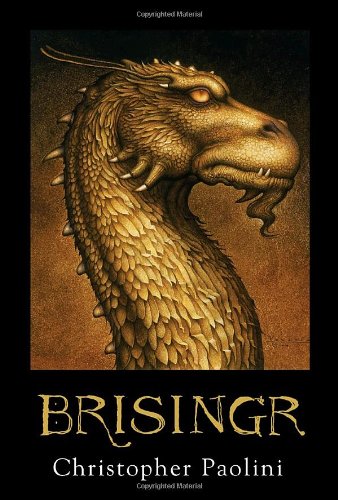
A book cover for Brisingr (Inheritance, Book 3) (The Inheritance Cycle); Christopher Paolini; Children's Books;